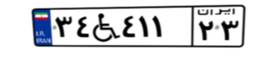
۳۴W۴۱۱۲۳